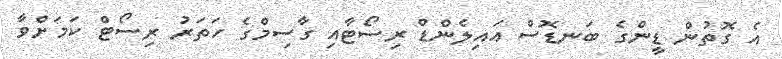
އެ ގޮތުން ޑީންގެ ބަނޑޮސް އައިލެންޑް ރިސޯޓާއި ގާސިމްގެ ހަތަރު ރިސޯޓް ކަމަށްވާ